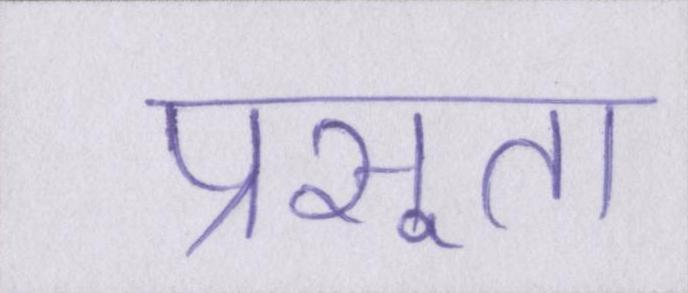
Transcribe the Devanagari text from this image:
प्रसूता